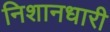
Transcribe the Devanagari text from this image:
निशानधारी